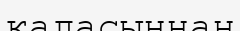
қаласыннан